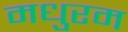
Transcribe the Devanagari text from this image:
मधुरम